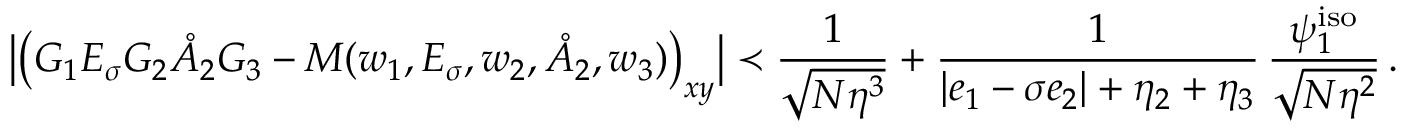
\big \vert \big ( G _ { 1 } E _ { \sigma } G _ { 2 } \mathring { A } _ { 2 } G _ { 3 } - M ( w _ { 1 } , E _ { \sigma } , w _ { 2 } , \mathring { A } _ { 2 } , w _ { 3 } ) \big ) _ { \boldsymbol { x } \boldsymbol { y } } \big \vert \prec \frac { 1 } { \sqrt { N \eta ^ { 3 } } } + \frac { 1 } { | e _ { 1 } - \sigma e _ { 2 } | + \eta _ { 2 } + \eta _ { 3 } } \, \frac { \psi _ { 1 } ^ { \mathrm { i s o } } } { \sqrt { N \eta ^ { 2 } } } \, .